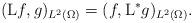
LaTeX: \begin{align*}({\rm L}f, g)_{L^2(\Omega)}=(f,{\rm L}^*g)_{L^2(\Omega)}.\end{align*}